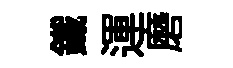
鐵運磨